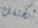
نحتفل